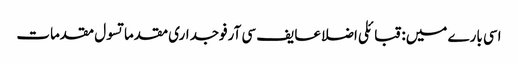
اسی بارے میں: قبائلی اضلاعایف سی آرفوجداری مقدماتسول مقدمات